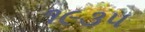
૧૯૩૫